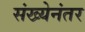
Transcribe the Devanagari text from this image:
संख्येनंतर